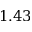
1 . 4 3